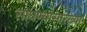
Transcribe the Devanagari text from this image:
साधण्यासारख्या